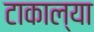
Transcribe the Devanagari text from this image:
टाकाल्या